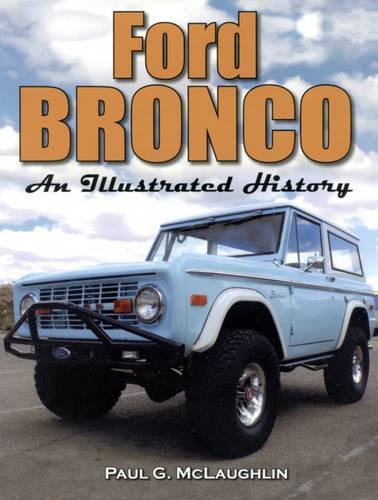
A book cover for Ford Bronco: An Illustrated History; Paul G. McLaughlin; Engineering & Transportation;